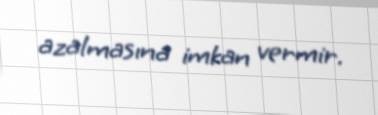
azalmasına imkan vermir.